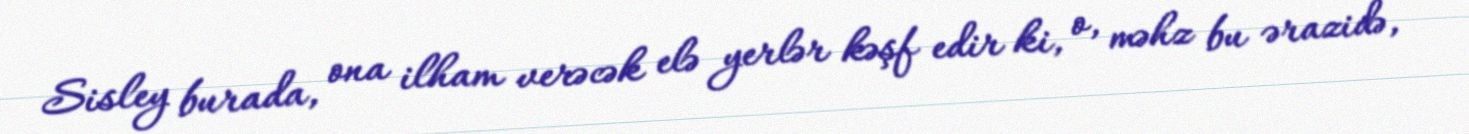
Sisley burada, ona ilham verəcək elə yerlər kəşf edir ki, o, məhz bu ərazidə,